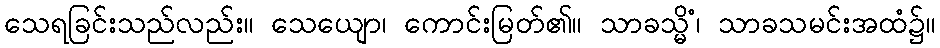
သေရခြင်းသည်လည်း။ သေယျော၊ ကောင်းမြတ်၏။ သာခသ္မိံ၊ သာခသမင်းအထံ၌။